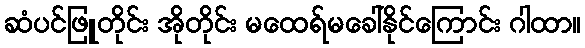
ဆံပင်ဖြူတိုင်း အိုတိုင်း မထေရ်မခေါ်နိုင်ကြောင်း ဂါထာ။